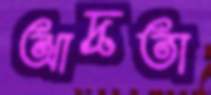
আদ্রতা